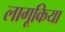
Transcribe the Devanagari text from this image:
लागूकिया